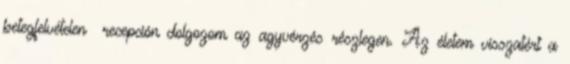
betegfelvételen recepción dolgozom az agyvérzés részlegen. Az életem visszatért a